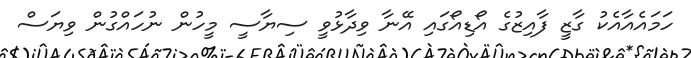
ހަމައެއާއެކު ގާޒީ ފާއިޒުގެ އޯޑިއޯގައި އޭނާ ވިދާޅުވީ ސިޔާސީ މީހުން ނުހައްގުން ވިޔަސް